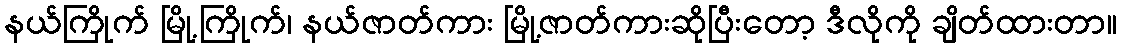
နယ်ကြိုက် မြို့ကြိုက်၊ နယ်ဇာတ်ကား မြို့ဇာတ်ကားဆိုပြီးတော့ ဒီလိုကို ချိတ်ထားတာ။